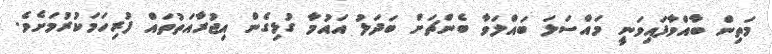
މަތިން ބާއްވާފައިވަނީ މައްސަލަ ބައްލަވާ ބެންޗަށް ބަދަލު އައުމާ ގުޅިގެން އިޖުރާއަތުތައް ފުރިހަމަކުރުމަށެވެ.